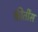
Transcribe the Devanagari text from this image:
कीर्तीस